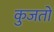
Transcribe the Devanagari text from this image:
कुजतो